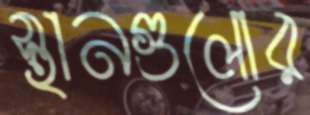
স্থানগুলোর